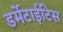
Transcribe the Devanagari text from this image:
डर्मेटाईटिस